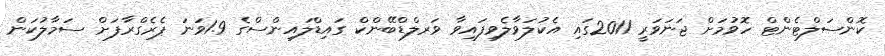
ކޮންސަލްޓެންޓް ހޮވުމަށް ޖަނަވަރީ 2011ގައި އެކުލަވާލެވިފައިވާ ވަރލްޑްބޭންކް ގައިޑްލައިންސްގެ 1.9ވަނަ ޕެރެގްރާފަށް ސަމާލުކަން